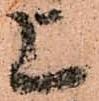
上